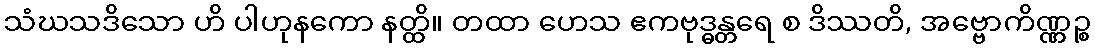
သံဃသဒိသော ဟိ ပါဟုနကော နတ္ထိ။ တထာ ဟေသ ဧကဗုဒ္ဓန္တရေ စ ဒိဿတိ, အဗ္ဗောကိဏ္ဏဉ္စ